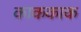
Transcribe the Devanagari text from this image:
काककाक